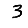
Digit: 3